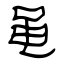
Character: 黾